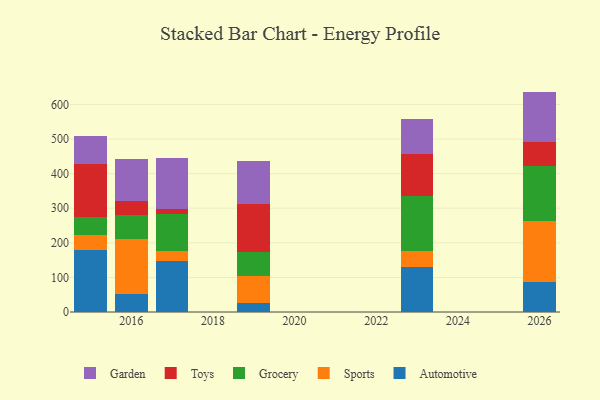
{"axis": {"x": "Year", "y": "LTV (USD)"}, "legend": ["Automotive", "Garden", "Grocery", "Sports", "Toys"], "data": [{"x": "2023", "y": 130.2, "type": "Automotive"}, {"x": "2023", "y": 45.5, "type": "Sports"}, {"x": "2023", "y": 159.5, "type": "Grocery"}, {"x": "2023", "y": 122.3, "type": "Toys"}, {"x": "2023", "y": 101.8, "type": "Garden"}, {"x": "2017", "y": 148.4, "type": "Automotive"}, {"x": "2017", "y": 26.7, "type": "Sports"}, {"x": "2017", "y": 107.7, "type": "Grocery"}, {"x": "2017", "y": 16.3, "type": "Toys"}, {"x": "2017", "y": 147.5, "type": "Garden"}, {"x": "2019", "y": 25.2, "type": "Automotive"}, {"x": "2019", "y": 77.8, "type": "Sports"}, {"x": "2019", "y": 71.4, "type": "Grocery"}, {"x": "2019", "y": 137.1, "type": "Toys"}, {"x": "2019", "y": 126.3, "type": "Garden"}, {"x": "2015", "y": 178.4, "type": "Automotive"}, {"x": "2015", "y": 43.0, "type": "Sports"}, {"x": "2015", "y": 53.2, "type": "Grocery"}, {"x": "2015", "y": 152.9, "type": "Toys"}, {"x": "2015", "y": 81.2, "type": "Garden"}, {"x": "2026", "y": 87.5, "type": "Automotive"}, {"x": "2026", "y": 175.8, "type": "Sports"}, {"x": "2026", "y": 159.3, "type": "Grocery"}, {"x": "2026", "y": 68.4, "type": "Toys"}, {"x": "2026", "y": 146.2, "type": "Garden"}, {"x": "2016", "y": 51.9, "type": "Automotive"}, {"x": "2016", "y": 159.3, "type": "Sports"}, {"x": "2016", "y": 69.6, "type": "Grocery"}, {"x": "2016", "y": 39.0, "type": "Toys"}, {"x": "2016", "y": 123.5, "type": "Garden"}]}